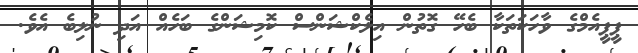
ޕީޕީއެމްގެ ވާހަކަތަކާ ބެހޭ ގޮތުން އިލެކްޝަންސް ކޮމިޝަންގެ ބަހެއް އަދި ނުލިބެ އެވެ.